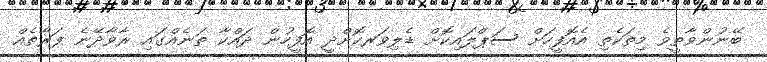
ބޭނުންވާތީވެ މިތަކެތި އެއޮފީހަށް ސަޕްލައިކޮށް ޑެލިވަރކޮށްދީ އޮފީހުން ދައްކާ ތަނެއްގައި ރާވާދޭނެ ފަރާތެއް